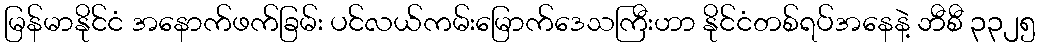
မြန်မာနိုင်ငံ အနောက်ဖက်ခြမ်း ပင်လယ်ကမ်းမြောက်ဒေသကြီးဟာ နိုင်ငံတစ်ရပ်အနေနဲ့ ဘီစီ ၃၃၂၅